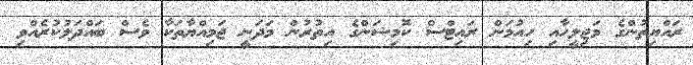
ރައްޔިތުންގެ މަޖިލީހާއި ހިއުމަން ރައިޓްސް ކޮމިޝަންގެ އިތުރުން މަދަނީ ޖަމިއްޔާތަކާ ވެސް ބައްދަލުކުރެއްވި